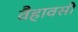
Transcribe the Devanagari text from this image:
वैहावसी